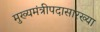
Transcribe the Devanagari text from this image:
मुख्यमंत्रीपदासारख्या